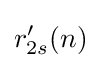
r'_{2s}(n)